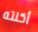
أكلته